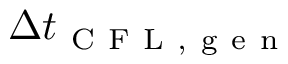
\Delta t _ { \mathrm { ~ C ~ F ~ L ~ , ~ g ~ e ~ n ~ } }